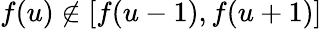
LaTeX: f(u)\not\in[f(u-1),f(u+1)]